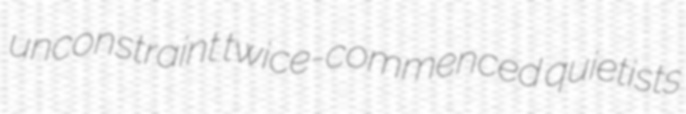
unconstraint twice-commenced quietists